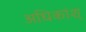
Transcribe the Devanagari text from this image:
अधिकांश्